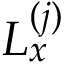
L _ { x } ^ { ( j ) }